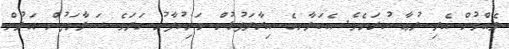
ލެއްވުން އެދި ދުޢާ ކުރަމެވެ. އެކަލާނގެ އިރާދަފުޅުން މަނިކުފާނު ގަދަވެ ސަލާމަތުން އަލުން